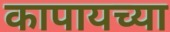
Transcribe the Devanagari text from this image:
कापायच्या